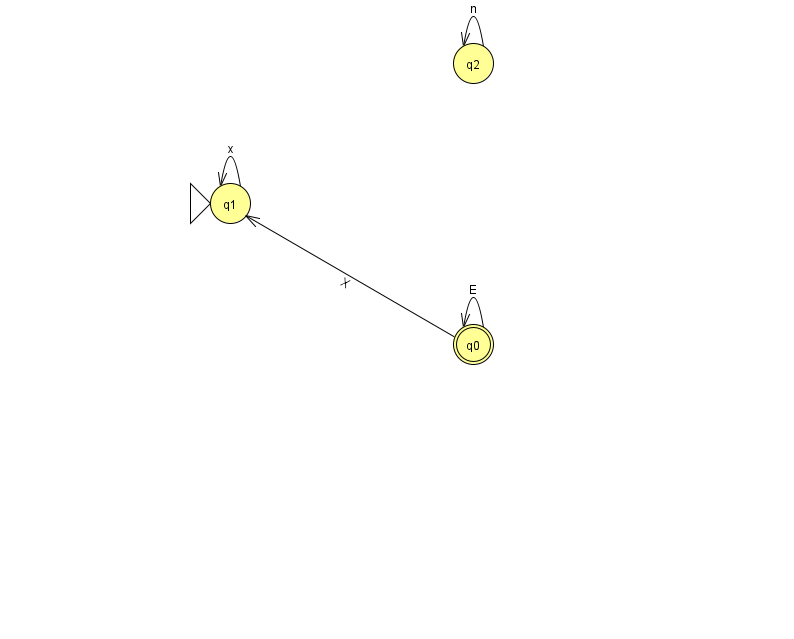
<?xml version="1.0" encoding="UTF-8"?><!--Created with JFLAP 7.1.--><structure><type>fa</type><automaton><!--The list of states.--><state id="0" name="q0"><x>473.0</x><y>331.0</y><final/></state><state id="1" name="q1"><x>230.0</x><y>190.0</y><initial/></state><state id="2" name="q2"><x>473.0</x><y>50.0</y></state><!--The list of transitions.--><transition><from>0</from><to>0</to><read>E</read></transition><transition><from>1</from><to>1</to><read>x</read></transition><transition><from>0</from><to>1</to><read>X</read></transition><transition><from>2</from><to>2</to><read>n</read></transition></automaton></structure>